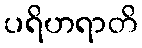
ပရိဟရာတိ